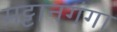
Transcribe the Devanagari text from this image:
मट्टानगंगा